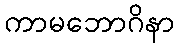
ကာမဘောဂိနာ